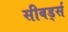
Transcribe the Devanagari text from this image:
सीबर्ड्स